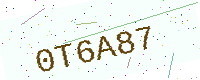
Text: 0T6A87